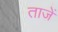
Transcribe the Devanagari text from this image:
ताजें